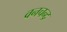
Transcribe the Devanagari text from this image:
वनचन्द्र